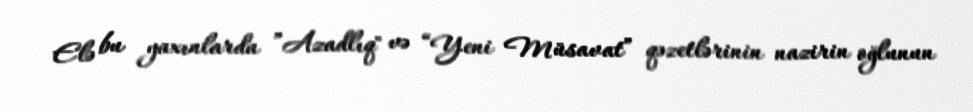
Elə bu yaxınlarda ”Azadlıq" və “Yeni Müsavat” qəzetlərinin nazirin oğlunun